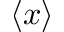
\left\langle x \right\rangle